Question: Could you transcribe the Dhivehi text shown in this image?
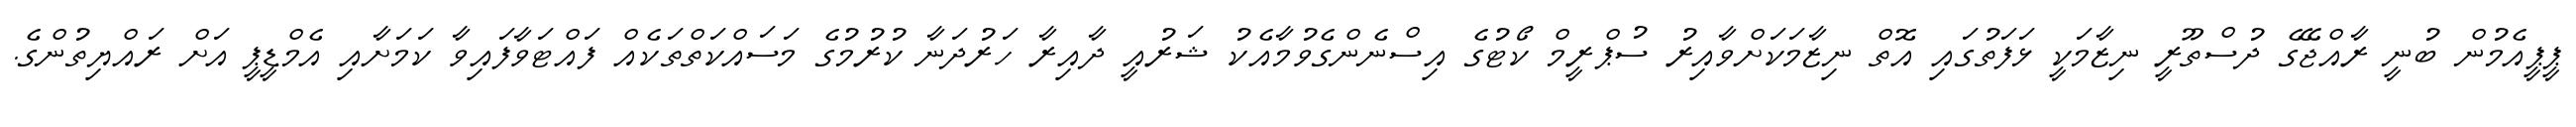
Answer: ޕީޕީއެމުން ބުނީ ރާއްޖޭގެ ދުސްތޫރީ ނިޒާމަކީ ޅަފަތުގައި އޮތް ނިޒާމަކަށްވާއިރު ސުޕްރީމް ކޯޓުގެ އިސްނެންގެވުމާއެކު ޝަރުއީ ދާއިރާ ހަރުދަނާ ކުރުމުގެ މަސައްކަތްތަކެއް ފައްޓަވާފައިވާ ކަމަށާއި އެމްޑީޕީ އަށް ރައްޔިތުންގެ.